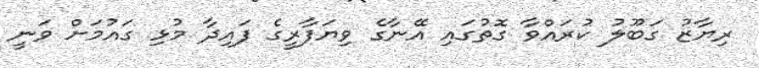
ރިޔާޒު ގަބޫލު ކުރައްވާ ގޮތުގައި އޭނާގެ ވިޔަފާރީގެ ފައިދާ މުޅި ގައުމަށް ވަނީ